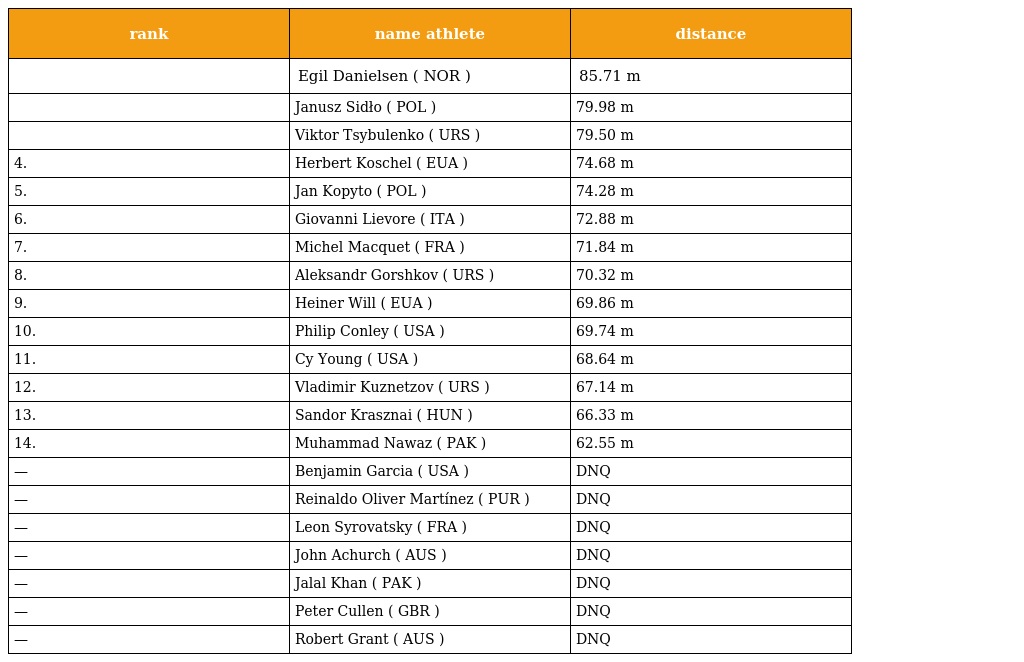
| rank | name athlete | distance |
 | --- | --- | --- |
 |  | Egil Danielsen ( NOR ) | 85.71 m |
 |  | Janusz Sidło ( POL ) | 79.98 m |
 |  | Viktor Tsybulenko ( URS ) | 79.50 m |
 | 4. | Herbert Koschel ( EUA ) | 74.68 m |
 | 5. | Jan Kopyto ( POL ) | 74.28 m |
 | 6. | Giovanni Lievore ( ITA ) | 72.88 m |
 | 7. | Michel Macquet ( FRA ) | 71.84 m |
 | 8. | Aleksandr Gorshkov ( URS ) | 70.32 m |
 | 9. | Heiner Will ( EUA ) | 69.86 m |
 | 10. | Philip Conley ( USA ) | 69.74 m |
 | 11. | Cy Young ( USA ) | 68.64 m |
 | 12. | Vladimir Kuznetzov ( URS ) | 67.14 m |
 | 13. | Sandor Krasznai ( HUN ) | 66.33 m |
 | 14. | Muhammad Nawaz ( PAK ) | 62.55 m |
 | — | Benjamin Garcia ( USA ) | DNQ |
 | — | Reinaldo Oliver Martínez ( PUR ) | DNQ |
 | — | Leon Syrovatsky ( FRA ) | DNQ |
 | — | John Achurch ( AUS ) | DNQ |
 | — | Jalal Khan ( PAK ) | DNQ |
 | — | Peter Cullen ( GBR ) | DNQ |
 | — | Robert Grant ( AUS ) | DNQ |